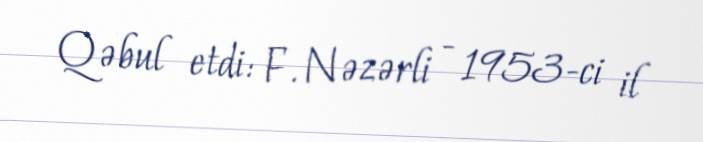
Qəbul etdi: F. Nəzərli - 1953-ci il